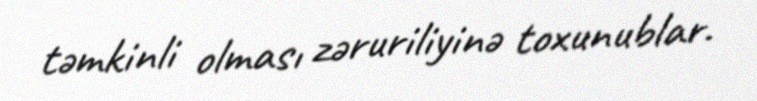
təmkinli olması zəruriliyinə toxunublar.